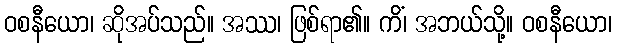
ဝစနီယော၊ ဆိုအပ်သည်။ အဿ၊ ဖြစ်ရာ၏။ ကိံ၊ အဘယ်သို့။ ဝစနီယော၊